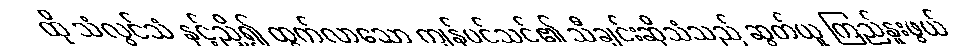
ထို သံလွင်သံ နှင့်ညှိ၍ ထွက်လာသော ကျန်ပင်သင်၏ သီချင်းဆိုသံသည် ဆွတ်ယူ ကြည်နူးဖွယ်